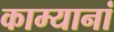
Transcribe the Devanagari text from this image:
काम्यानां